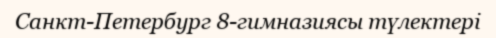
Санкт-Петербург 8-гимназиясы түлектері